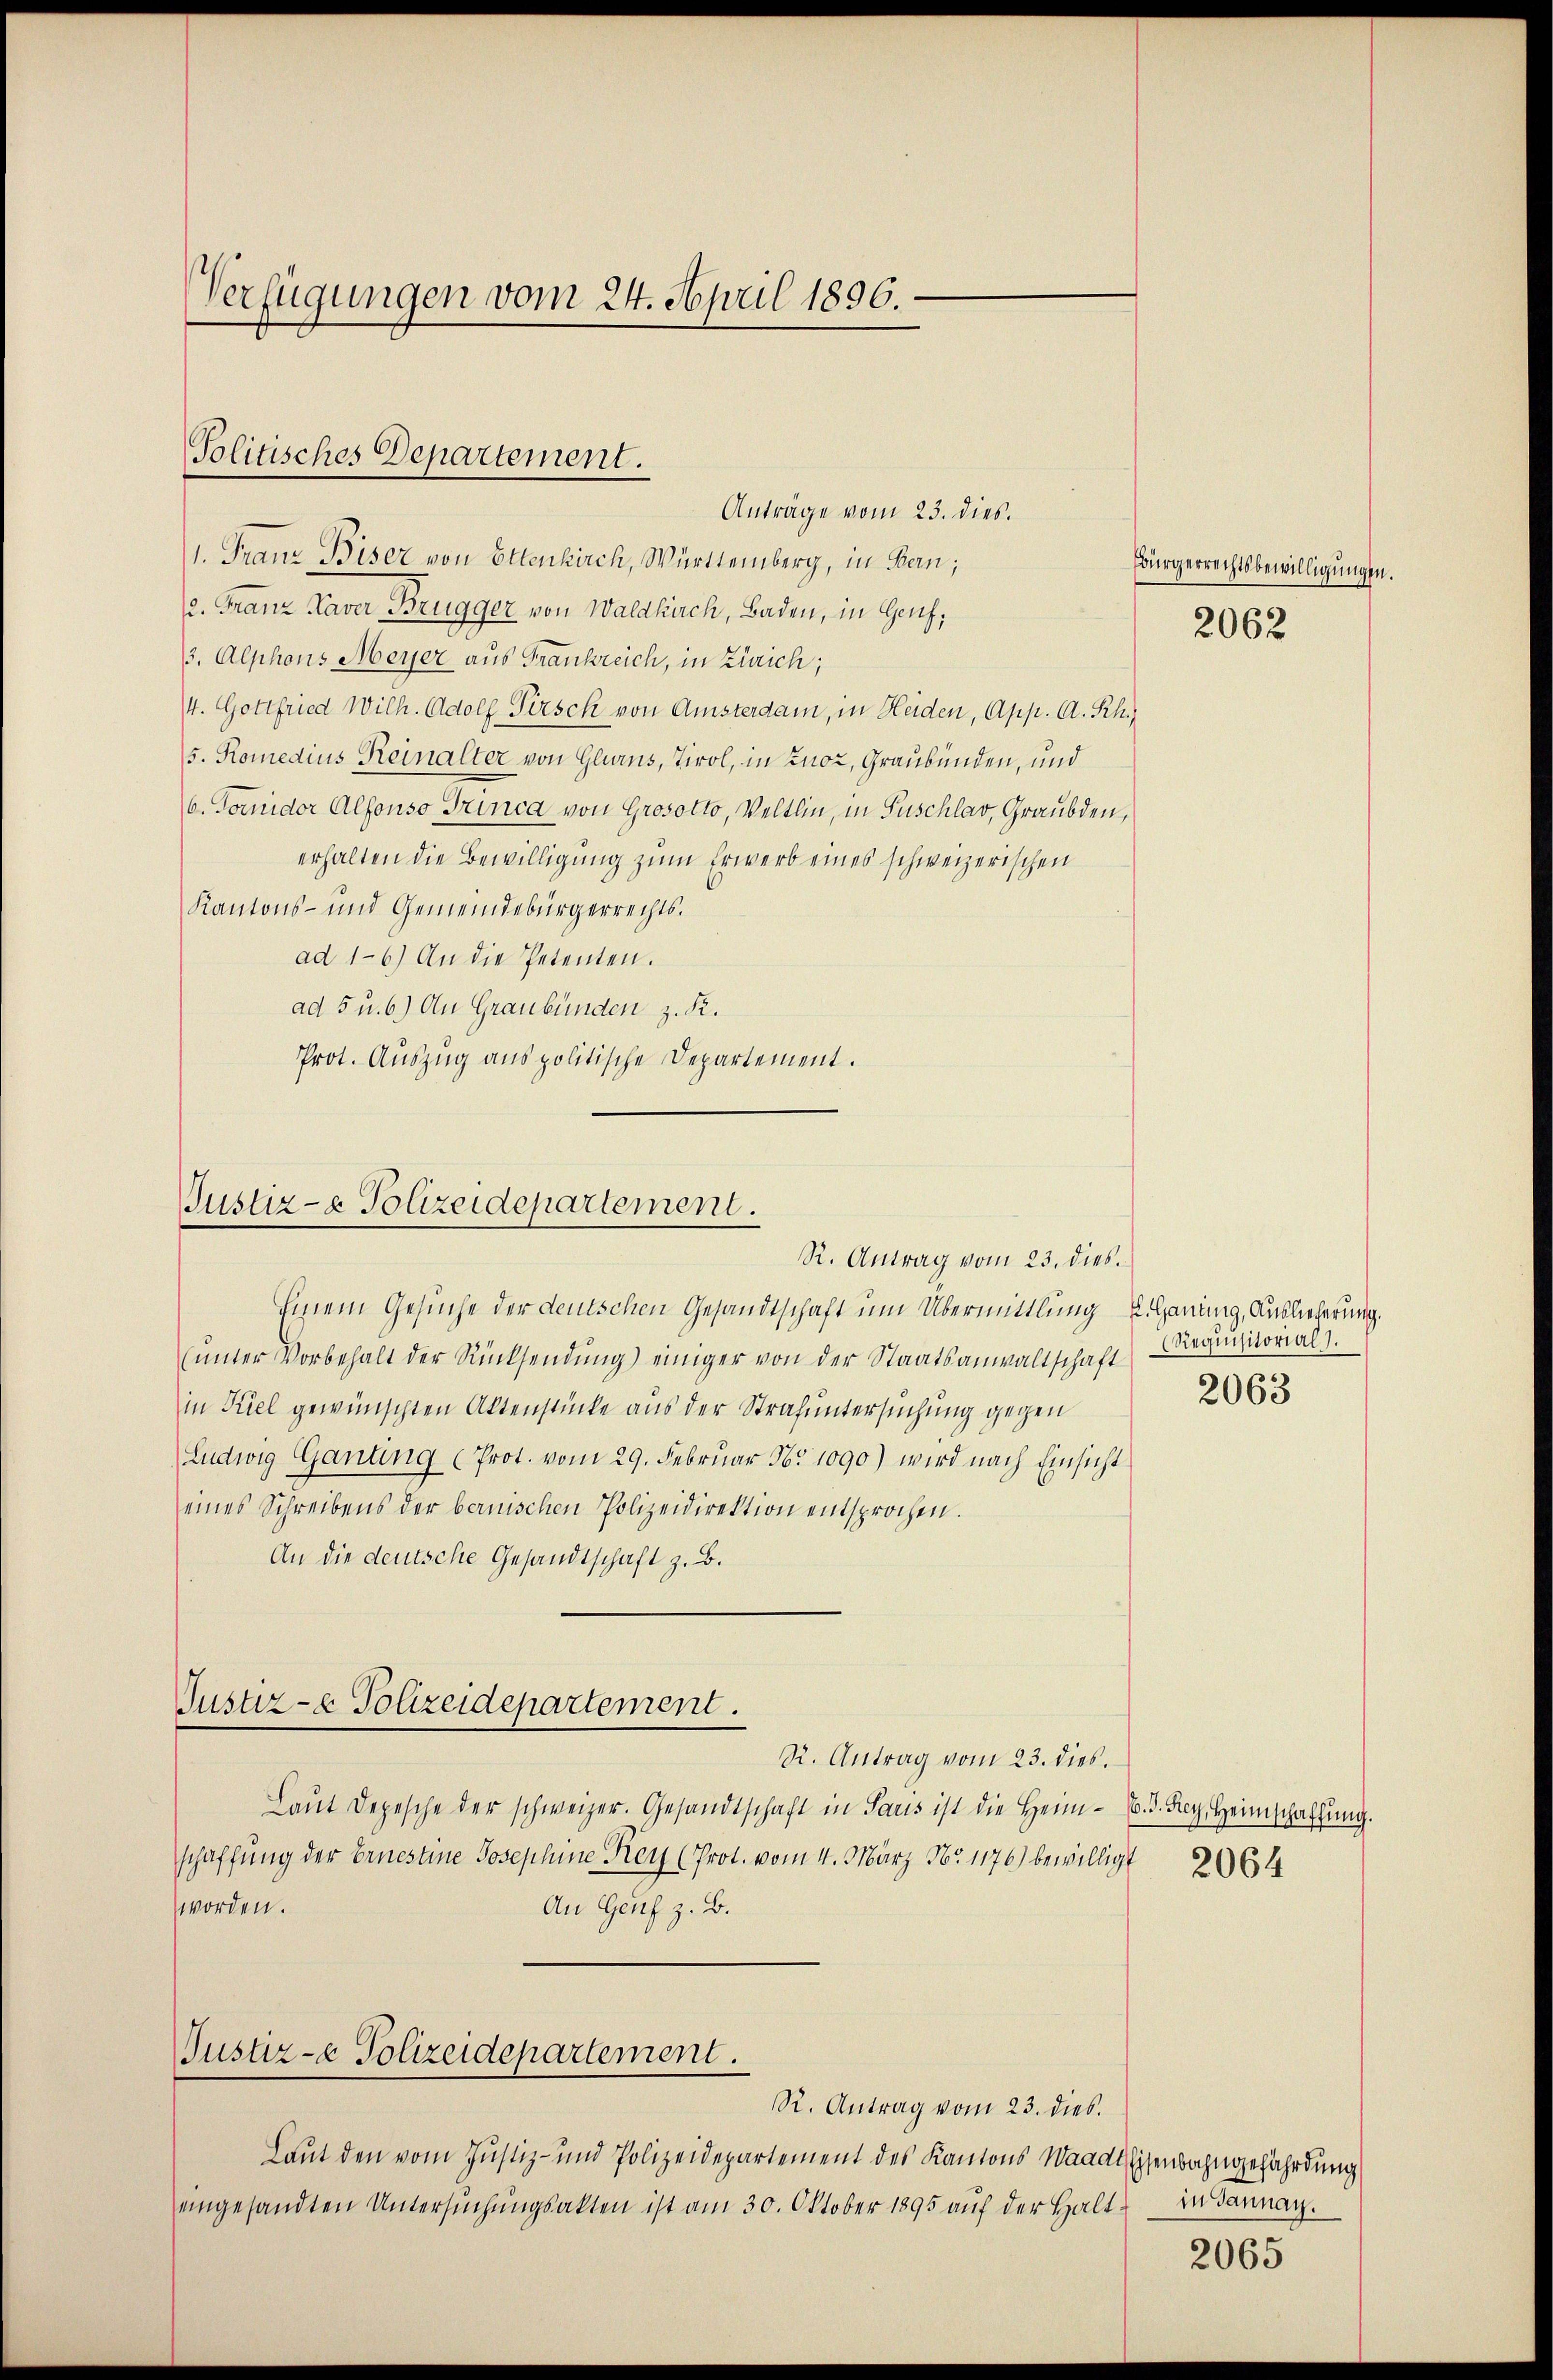
Verfügungen vom 24. April 1896.

Anträge vom 23. dies.
1. Franz Biser von Ettenkirch, Württemberg, in Bern;
12. Franz Kaver Brugger von Waldkich, Baden, in Genf,
3. Alphons Meyer aus Frankreich, in Zürich;
/4. Gottfried Wilh. Adolf Persch von Amsterdam, in Heiden, App. A. Rh.
5. Komedius Reinalter von Glarus, Tirol, in Zuoz, Graubünden, und
6. Foridor Alfonso Trinca von Grosotto, Veltlin, in Fuschlar, Graubden,
erhalten die Bewilligung zum Erwerb eines schweizerischen
Kantons- und Gemeindebürgerrechts.
ad 1-6.) An die Petenten.
ad 5 u. b.) An Graubünden z. R.
Prot. Auszug aus politische Departement.

Politisches Departement.

Justiz- & Polizeidepartement.
R. Antrag vom 23. dies.

Justiz- & Polizeidepartement.

Bürgerrechtsbewilligungen.

Einem Gesuche der deutschen Gesandtschaft um Übermittlung u. Handing, Auslieferung.
ŭnter Vorbehalt der Rücksendŭng einiger von der Staatsanwaltschaft
in Kiel gewünschten Aktenstücke aus der Strafuntersuchung gegen
(Ludwig Ganting (Prot. vom 29. Februar No 1090) wird nach Einsicht
eines Schreibens der bernischen Polizeidirektion entsprochen.
An die deutsche Gesandtschaft z. B.
R. Antrag vom 23. dies.
Laŭt Depesche der schweizer. Gesandtschaft in Saris ist die Heim- B. d. Frey. Heimschaffung.
schaffung der Ernestine Josephine Rey (Prot. vom 4. März Nr 1176) bewilligt 2064
worden.
An Genf z. B.
Justiz- & Polizeidepartement.
R. Antrag vom 23. dies.
Laut den vom Justiz- und Polizeidepartement des Kantons Waadt Eisenbahngefährdung
eingesandten Untersuchungsakten ist am 30. Oktober 1895 auf der Halt

2062

Requisitorials.
2063

in Tannau.

2065